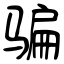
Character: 骗